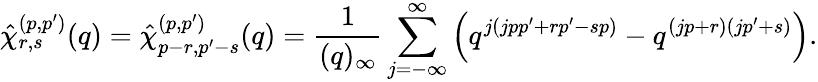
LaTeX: \hat{\chi}_{r,s}^{(p,p^{\prime})}(q)=\hat{\chi}_{p-r,p^{\prime}-s}^{(p,p^{\prime})}(q)=\frac{1}{(q)_{\infty}}\sum_{j=-\infty}^{\infty}\left(q^{j(jpp^{\prime}+rp^{\prime}-sp)}-q^{(jp+r)(jp^{\prime}+s)}\right).